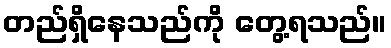
တည်ရှိနေသည်ကို တွေ့ရသည်။